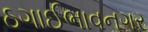
ઠગાઈભાવનગર